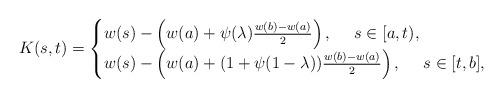
LaTeX: \begin{align*}K(s, t)=\begin{cases}w(s)-\left(w(a)+\psi(\lambda)\frac{w(b)-w(a)}{2}\right), ~~~~s\in[a, t),\\w(s)-\left(w(a)+(1+\psi(1-\lambda))\frac{w(b)-w(a)}{2}\right), ~~~~s\in[t, b],\end{cases}\end{align*}